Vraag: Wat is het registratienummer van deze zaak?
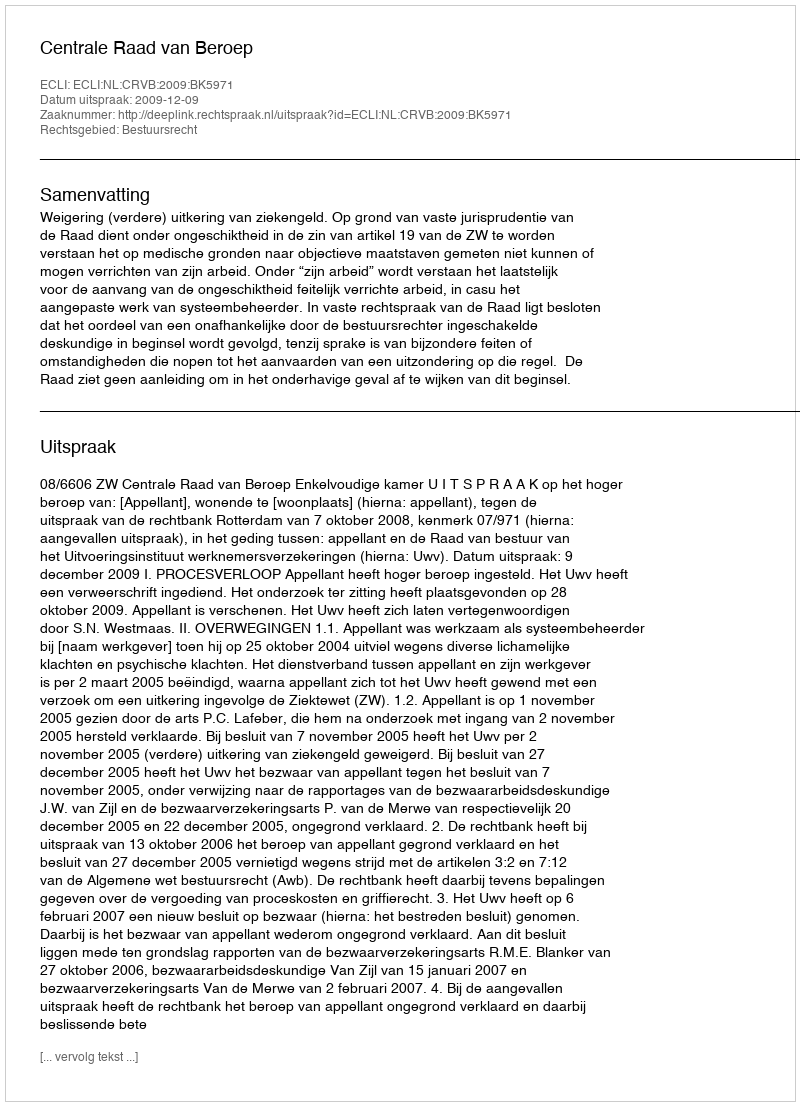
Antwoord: http://deeplink.rechtspraak.nl/uitspraak?id=ECLI:NL:CRVB:2009:BK5971